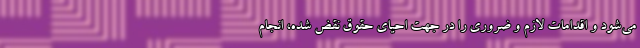
می‌شود و اقدامات لازم و ضروری را در جهت احیای حقوق نقض شده، انجام